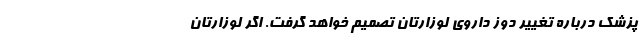
پزشک درباره تغییر دوز داروی لوزارتان تصمیم خواهد گرفت. اگر لوزارتان